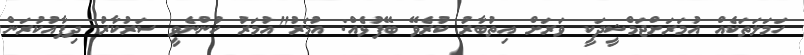
ހަމަލަތަކެއް އުމަރަށްޖަމްޝީދަކީ ވަރަށް އިތުބާރު ކުރެވޭ ބޭފުޅެއް: އުމަރު"އުމަރު ހުންނެވީ ސަރުކާރު ދިފާއުކުރަން